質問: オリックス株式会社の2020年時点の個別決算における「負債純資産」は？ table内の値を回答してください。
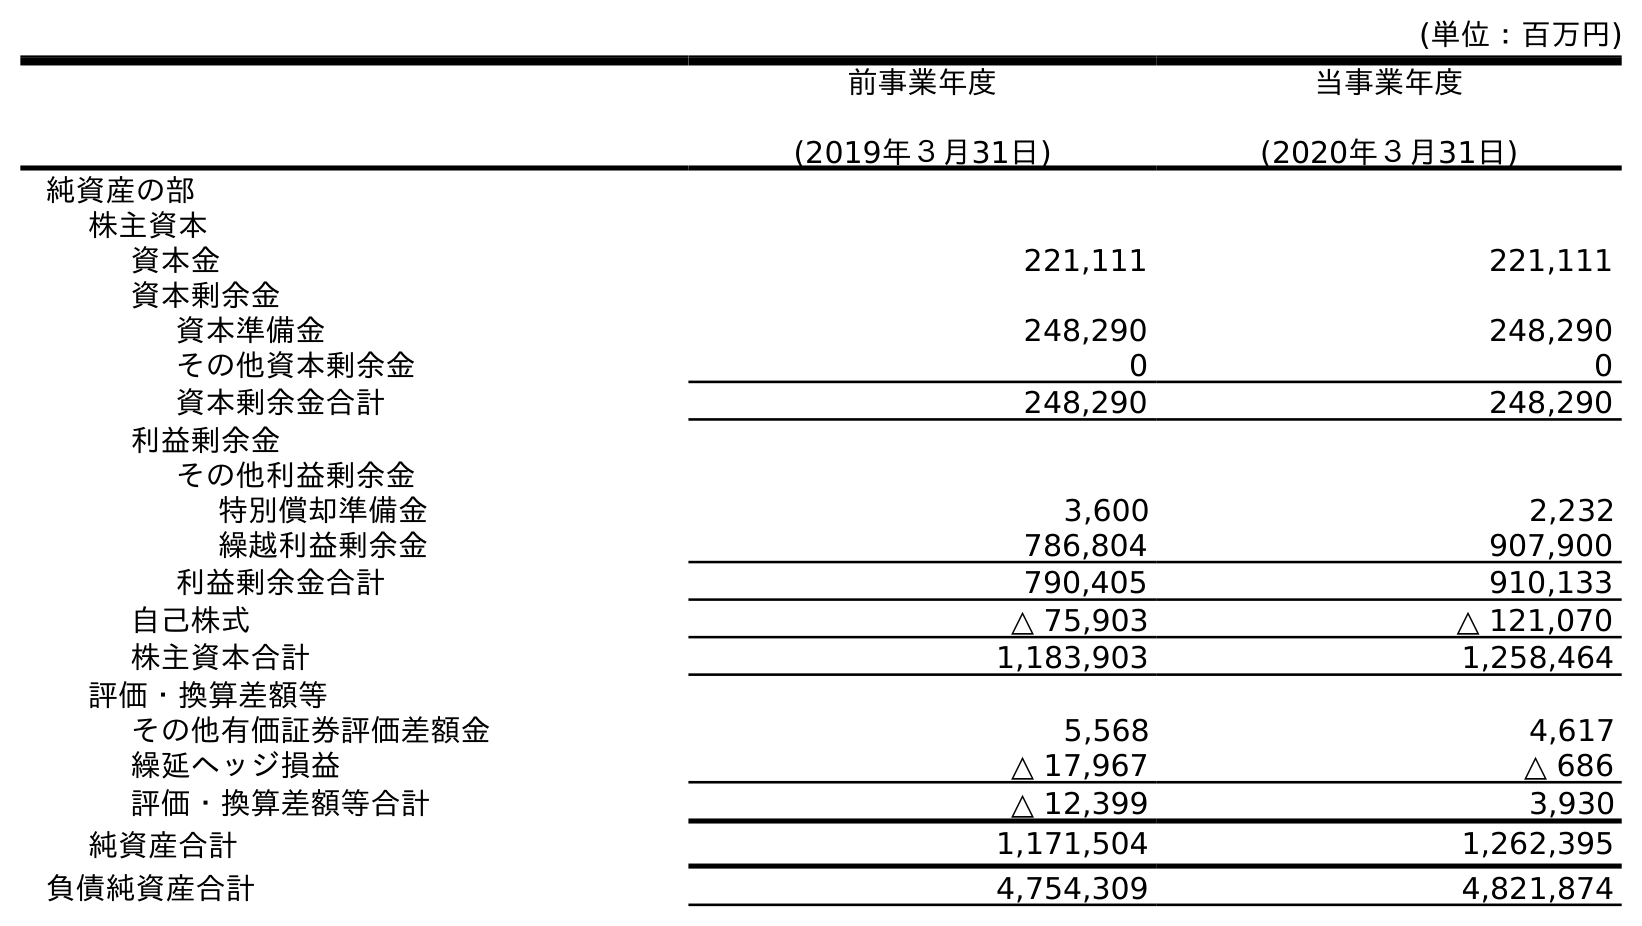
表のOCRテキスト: (単位：百万円) 前事業年度 (2019年３月31日) 当事業年度 (2020年３月31日) 純資産の部 株主資本 資本金 221,111 221,111 資本剰余金 資本準備金 248,290 248,290 その他資本剰余金 0 0 資本剰余金合計 248,290 248,290 利益剰余金 その他利益剰余金 特別償却準備金 3,600 2,232 繰越利益剰余金 786,804 907,900 利益剰余金合計 790,405 910,133 自己株式 △ 75,903 △ 121,070 株主資本合計 1,183,903 1,258,464 評価・換算差額等 その他有価証券評価差額金 5,568 4,617 繰延ヘッジ損益 △ 17,967 △ 686 評価・換算差額等合計 △ 12,399 3,930 純資産合計 1,171,504 1,262,395 負債純資産合計 4,754,309 4,821,874
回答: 4,821,874